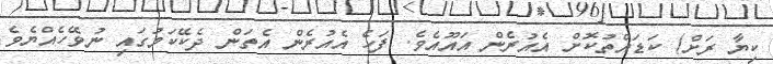
ކިޔާ ރަށް) ކަޑައްތުކޮށް އެއުރެން އައޫއެވެ. ފަހެ އެއުރެން އެތަން ދެކޭކަމުގައި ނުވޭހެއްޔެވެ